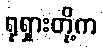
ရုရှားတို့က